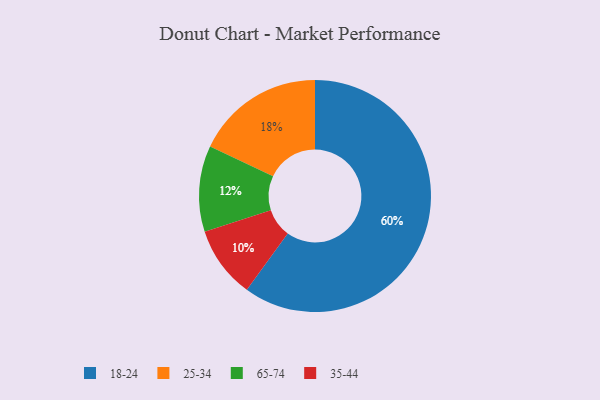
{"axis": {"x": "Category", "y": "Percentage"}, "legend": ["18-24", "25-34", "35-44", "65-74"], "data": [{"x": "25-34", "y": 18, "type": "25-34"}, {"x": "65-74", "y": 12, "type": "65-74"}, {"x": "35-44", "y": 10, "type": "35-44"}, {"x": "18-24", "y": 60, "type": "18-24"}]}